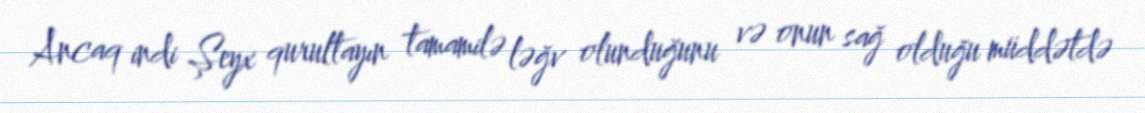
Ancaq indi Şeyx qurultayın tamamilə ləğv olunduğunu və onun sağ olduğu müddətdə